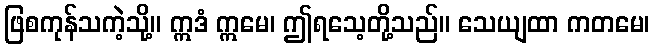
ဖြစကုန်သကဲ့သို့။ ဣဒံ ဣမေ၊ ဤရသေ့တို့သည်။ သေယျထာ ကတမေ၊